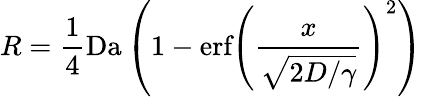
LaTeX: R=\frac{1}{4}\textrm{Da}\left(1-\textrm{erf}\left(\frac{x}{\sqrt{2D/\gamma}}\right)^{2}\right)